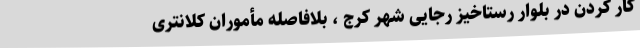
کار کردن در بلوار رستاخیز رجایی شهر کرج ، بلافاصله مأموران کلانتری